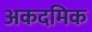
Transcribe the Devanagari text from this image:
अकदमिक